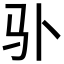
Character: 𲌄